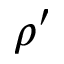
\rho ^ { \prime }